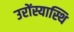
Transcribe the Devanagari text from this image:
उरोंस्यास्थि